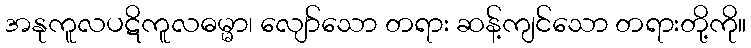
အနုကူလပဋိကူလဓမ္မာ၊ လျော်သော တရား ဆန့်ကျင်သော တရားတို့ကို။